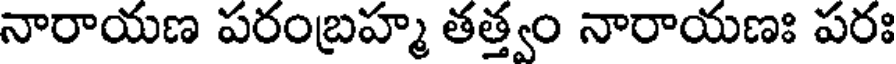
నారాయణ పరంబ్రహ్మ తత్త్వం నారాయణః పరః